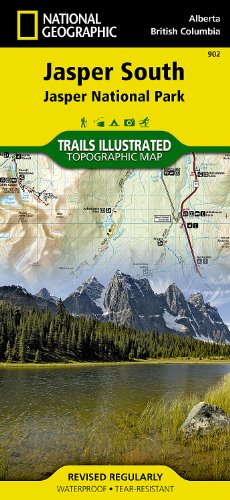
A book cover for Jasper South [Jasper National Park] (National Geographic Trails Illustrated Map); National Geographic Maps - Trails Illustrated; Travel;